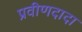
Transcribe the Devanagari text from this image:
प्रवीणदादा